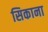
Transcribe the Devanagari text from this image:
सिकाना